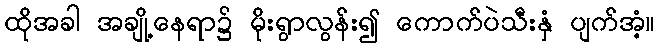
ထိုအခါ အချို့နေရာ၌ မိုးရွာလွန်း၍ ကောက်ပဲသီးနှံ ပျက်အံ့။